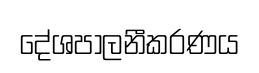
දේශපාලනීකරණය